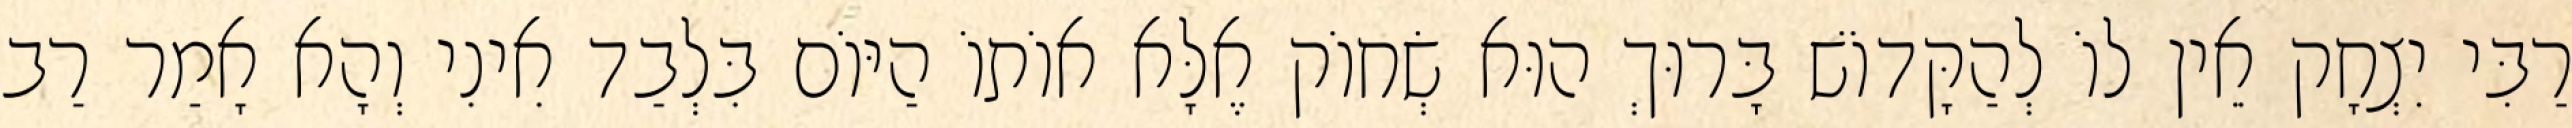
רַבִּי יִצְחָק אֵין לוֹ לְהַקָּדוֹשׁ בָּרוּךְ הוּא שְׂחוֹק אֶלָּא אוֹתוֹ הַיּוֹם בִּלְבַד אִינִי וְהָא אָמַר רַב